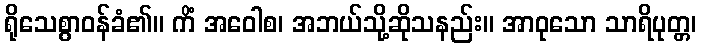
ရိုသေစွာဝန်ခံ၏။ ကိံ အဝေါစ၊ အဘယ်သို့ဆိုသနည်း။ အာဝုသော သာရိပုတ္တ၊